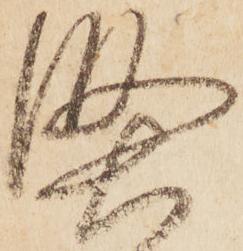
堅